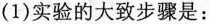
(1)实验的大致步骤是：